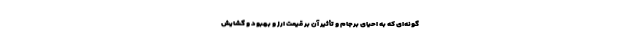
گونه‌ای که به احیای برجام و تأثیر آن بر قیمت ارز و بهبود و گشایش